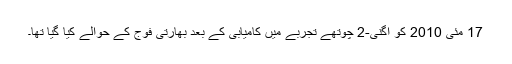
17 مئی 2010 کو اگنی-2 چوتھے تجربے میں کامیابی کے بعد بھارتی فوج کے حوالے کیا گیا تھا۔